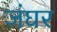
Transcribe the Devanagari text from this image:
जंघर